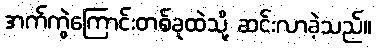
အက်ကွဲကြောင်းတစ်ခုထဲသို့ ဆင်းလာခဲ့သည်။